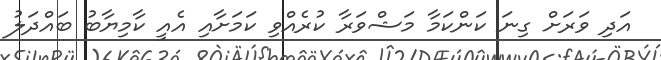
އަދި ވަރަށް ގިނަ ކަންކަމާ މަޝްވަރާ ކުރެއްވި ކަމަށާއި އެއީ ކާމިޔާބު ބައްދަލު